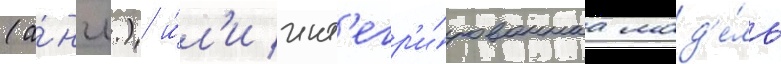
(а́нгл.) и́л'и инт'егр'и́рованнаа мод'е́ль